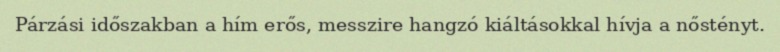
Párzási időszakban a hím erős, messzire hangzó kiáltásokkal hívja a nőstényt.